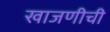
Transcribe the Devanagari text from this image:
खाजणीची